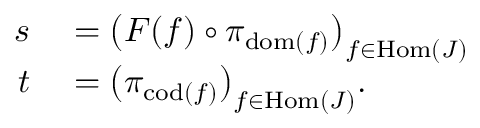
\begin{array} { r l } { s } & { { } = { \bigl ( } F ( f ) \circ \pi _ { \operatorname { d o m } ( f ) } { \bigr ) } _ { f \in \operatorname { H o m } ( J ) } } \\ { t } & { { } = { \bigl ( } \pi _ { \operatorname { c o d } ( f ) } { \bigr ) } _ { f \in \operatorname { H o m } ( J ) } . } \end{array}